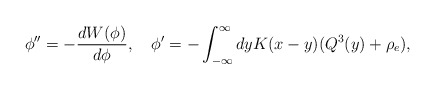
\begin{align*}\phi'' = - {d W(\phi) \over d \phi}, \quad \phi' = - \int_{-\infty}^\infty dy K(x-y) (Q^3(y) + \rho_e), \end{align*}